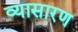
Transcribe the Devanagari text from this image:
व्यासारण